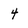
Character: 4